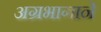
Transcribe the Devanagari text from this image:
अग्रभागाने